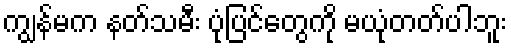
ကျွန်မက နတ်သမီး ပုံပြင်တွေကို မယုံတတ်ပါဘူး